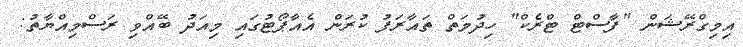
އިމިގްރޭޝަން "ފާސްޓް ޓްރެކް" ހިދުމަތް ތައާރަފު ކުރަން އެއާޕޯޓުގައި މިއަދު ބޭއްވި ރަސްމިއްޔާތު: